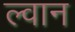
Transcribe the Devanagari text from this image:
ल्वान